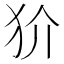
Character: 𭷼